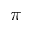
\pi